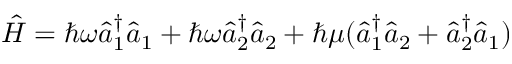
\hat { H } = \hbar \omega \hat { a } _ { 1 } ^ { \dagger } \hat { a } _ { 1 } + \hbar \omega \hat { a } _ { 2 } ^ { \dagger } \hat { a } _ { 2 } + \hbar \mu ( \hat { a } _ { 1 } ^ { \dagger } \hat { a } _ { 2 } + \hat { a } _ { 2 } ^ { \dagger } \hat { a } _ { 1 } )